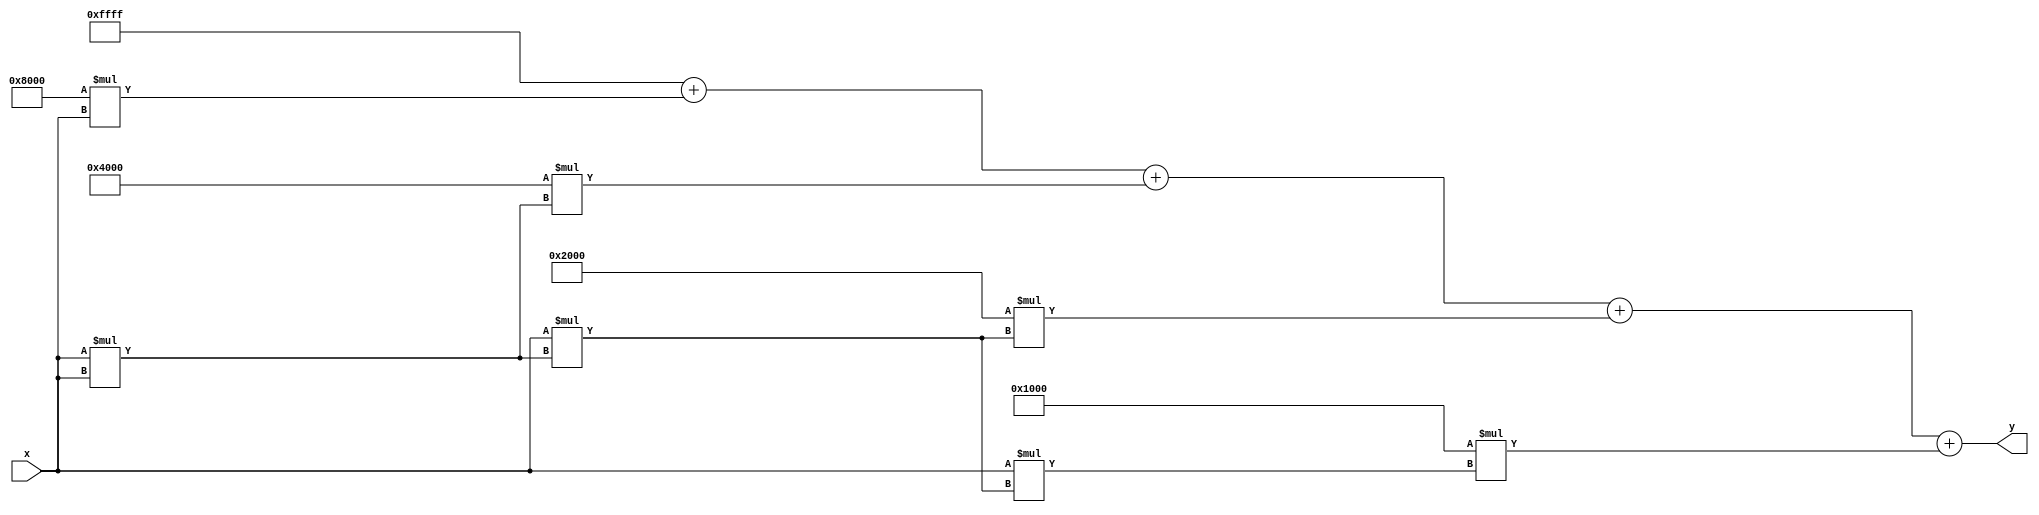
module poly_reciprocal (
    input wire [15:0] x,       // Input x (normalized in range 0 < x < 1)
    output reg [15:0] y        // Output y (approximation of 1/x)
);

    // Polynomial coefficients for approximation (example for 5th degree)
    // Coefficients are for the polynomial: y = c0 + c1*x + c2*x^2 + c3*x^3 + c4*x^4
    // Example coefficients for 1/(1+x) (scaled appropriately)
    parameter c0 = 16'hFFFF; // 1.0
    parameter c1 = 16'h8000; // -0.5
    parameter c2 = 16'h4000; // 0.25
    parameter c3 = 16'h2000; // -0.125
    parameter c4 = 16'h1000; // 0.0625

    reg [15:0] x_sq, x_cub, x_quad; // Intermediate values for polynomial evaluation

    always @(*) begin
        // Normalize input if necessary (assumed normalized here)
        
        // Compute powers of x
        x_sq = x * x;                // x^2
        x_cub = x * x_sq;           // x^3
        x_quad = x * x_cub;         // x^4
        
        // Polynomial evaluation using Horner's method
        y = c0 + (c1 * x) + (c2 * x_sq) + (c3 * x_cub) + (c4 * x_quad);
    end

endmodule